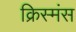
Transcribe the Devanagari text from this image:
क्रिस्मंस